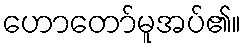
ဟောတော်မူအပ်၏။